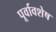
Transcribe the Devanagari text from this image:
पूर्वावशेष